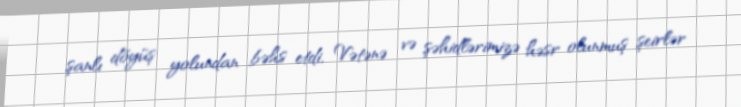
şanlı döyüş yolundan bəhs etdi, Vətənə və şəhidlərimizə həsr olunmuş şeirlər